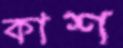
কাশ